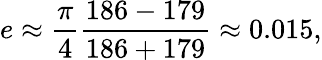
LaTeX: e\approx{\frac{\pi}{4}}{\frac{186-179}{186+179}}\approx 0.015,